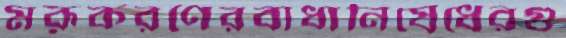
মরূকরণেরবাধানিষেধেরগু